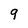
Character: 9